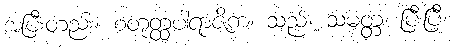
အပြီးတည်း။ စတုတ္ထပါရာဇိကံ၊ သည်။ သမတ္တံ၊ ပြီးပြီ၊